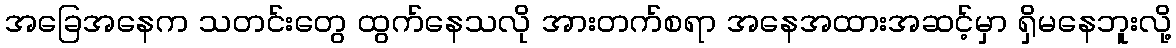
အခြေအနေက သတင်းတွေ ထွက်နေသလို အားတက်စရာ အနေအထားအဆင့်မှာ ရှိမနေဘူးလို့